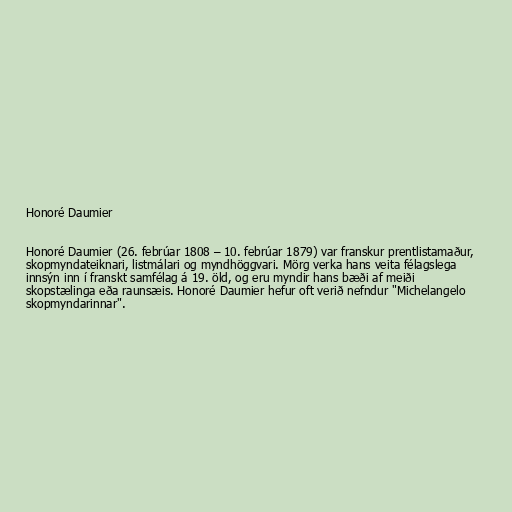
Honoré Daumier

Honoré Daumier (26. febrúar 1808 – 10. febrúar 1879) var franskur prentlistamaður,
skopmyndateiknari, listmálari og myndhöggvari. Mörg verka hans veita félagslega
innsýn inn í franskt samfélag á 19. öld, og eru myndir hans bæði af meiði
skopstælinga eða raunsæis. Honoré Daumier hefur oft verið nefndur "Michelangelo
skopmyndarinnar".